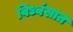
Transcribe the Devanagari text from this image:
विध्वंसात